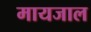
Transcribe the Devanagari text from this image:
मायजाल